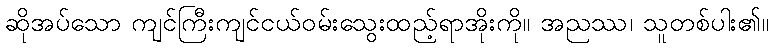
ဆိုအပ်သော ကျင်ကြီးကျင်ငယ်ဝမ်းသွေးထည့်ရာအိုးကို။ အညဿ၊ သူတစ်ပါး၏။